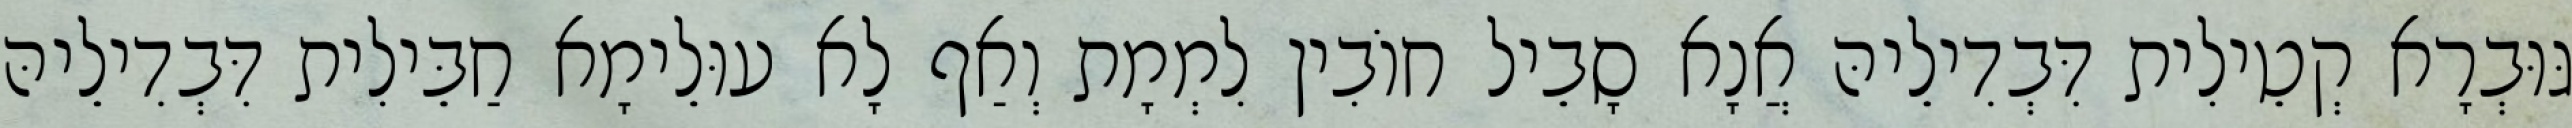
גּוּבְרָא קְטֵילִית דִּבְדִילֵיהּ אֲנָא סָבֵיל חוֹבִין לִמְמָת וְאַף לָא עוּלֵימָא חַבֵּילִית דִּבְדִילֵיהּ